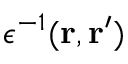
\epsilon ^ { - 1 } ( \mathbf { r } , \mathbf { r } ^ { \prime } )